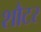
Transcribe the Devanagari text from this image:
शौटर